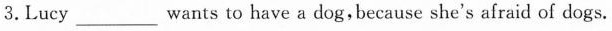
3. Lucy ___ wants to have a dog,because she's afraid of dogs.